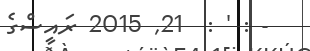
- : ' :  21